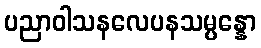
ပညာဝါသနလေပနသမ္ပန္နော